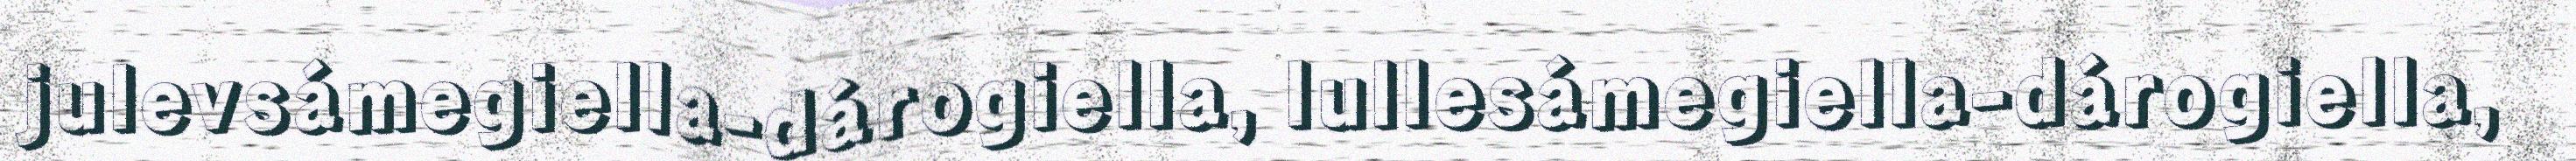
julevsámegiella-dárogiella, lullesámegiella-dárogiella,